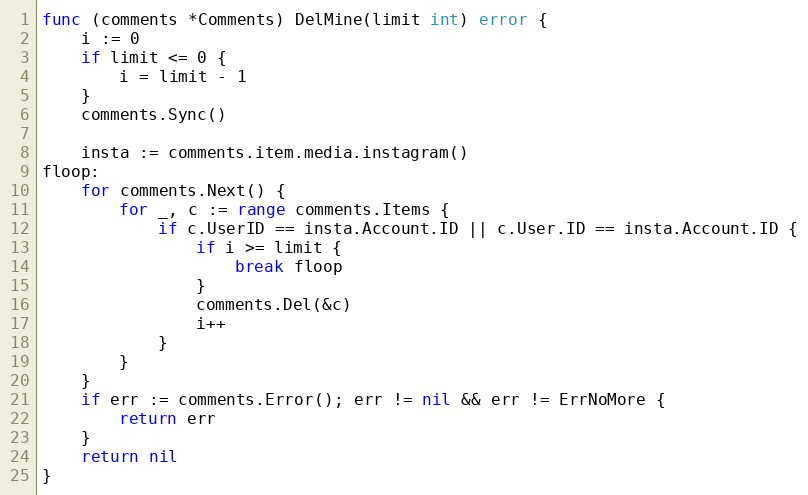
Language: Go
func (comments *Comments) DelMine(limit int) error {
	i := 0
	if limit <= 0 {
		i = limit - 1
	}
	comments.Sync()

	insta := comments.item.media.instagram()
floop:
	for comments.Next() {
		for _, c := range comments.Items {
			if c.UserID == insta.Account.ID || c.User.ID == insta.Account.ID {
				if i >= limit {
					break floop
				}
				comments.Del(&c)
				i++
			}
		}
	}
	if err := comments.Error(); err != nil && err != ErrNoMore {
		return err
	}
	return nil
}